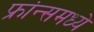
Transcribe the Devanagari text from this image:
फ्रांन्समध्ये